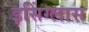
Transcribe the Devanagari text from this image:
इसिंग्लास